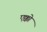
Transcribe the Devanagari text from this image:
एक्को